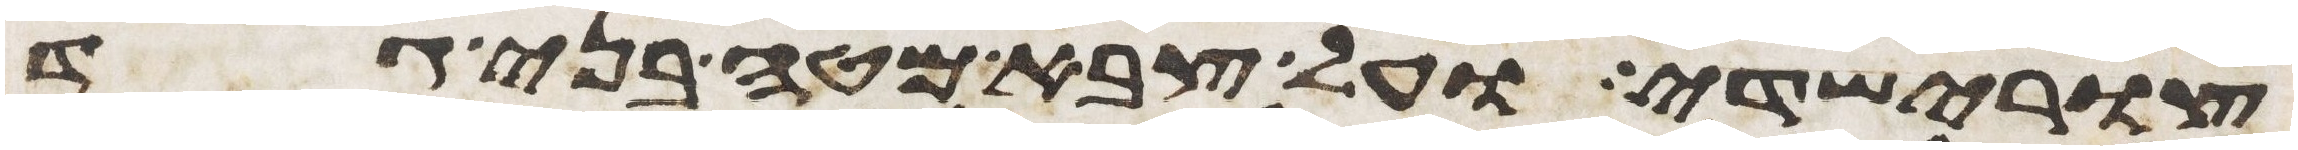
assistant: צורישדי ועל צבא מטה בני גד